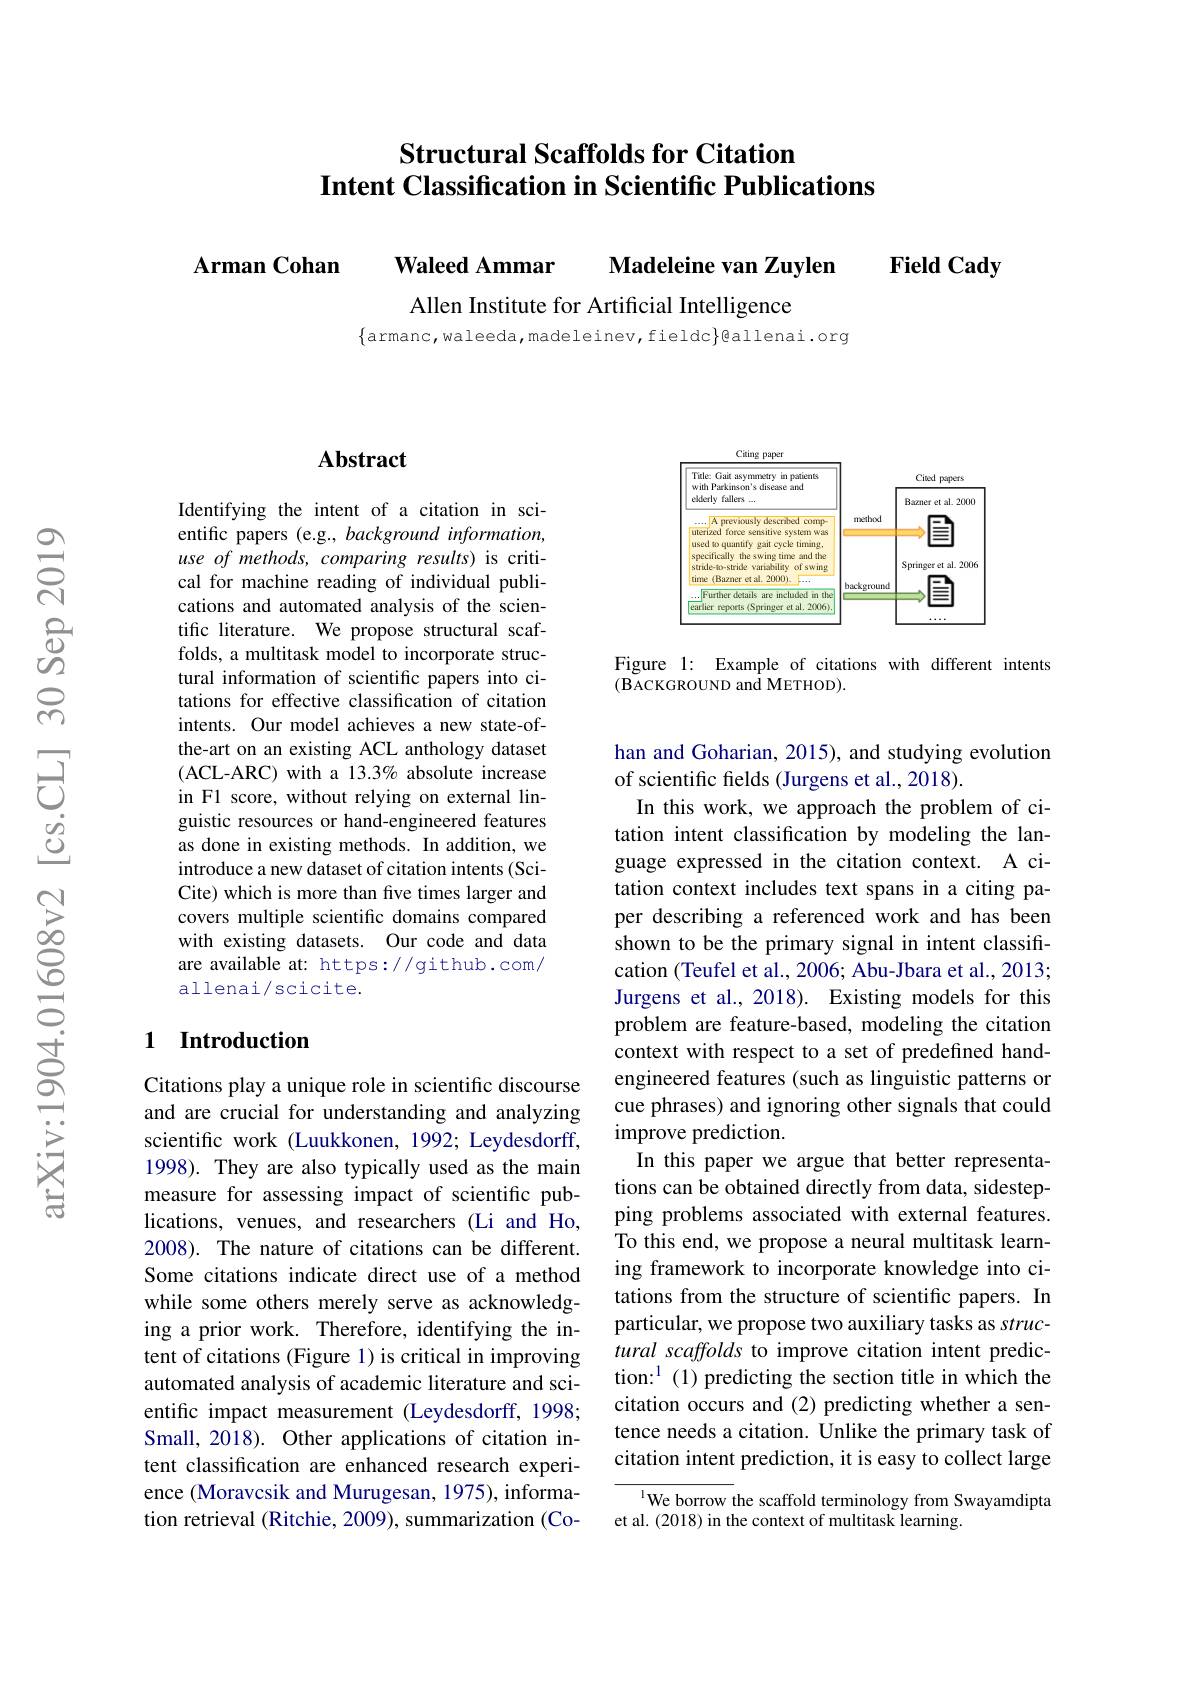
# Structural Scaffolds for Citation Intent Classification in Scientific Publications

Field Cady

Arman Cohan Waleed Ammar Madeleine van Zuylen

Allen Institute for Artificial Intelligence

$\{$armanc,waleeda,madeleinev,fieldc$\}$@allenai.org

### Abstract

Identifying the intent of a citation in scientific papers (e.g., background information, use of methods, comparing results) is critical for machine reading of individual publications and automated analysis of the scientific literature. We propose structural scaffolds, a multitask model to incorporate structural information of scientific papers into citations for effective classification of citation intents. Our model achieves a new state-ofthe-art on an existing ACL anthology dataset (ACL-ARC) with a 13.3% absolute increase in F1 score, without relying on external linguistic resources or hand-engineered features as done in existing methods. In addition, we introduce a new dataset of citation intents (SciCite) which is more than five times larger and covers multiple scientific domains compared with existing datasets. Our code and data are available at: https://github.com/ allenai/scicite.

## 1 Introduction

Citations play a unique role in scientific discourse and are crucial for understanding and analyzing scientific work (Luukkonen, 1992; Leydesdorff, 1998). They are also typically used as the main measure for assessing impact of scientific publications, venues, and researchers (Li and Ho, 2008). The nature of citations can be different. Some citations indicate direct use of a method while some others merely serve as acknowledging a prior work. Therefore, identifying the intent of citations (Figure 1) is critical in improving automated analysis of academic literature and scientific impact measurement (Leydesdorff, 1998; Small, 2018). Other applications of citation intent classification are enhanced research experience (Moravcsik and Murugesan, 1975), information retrieval (Ritchie, 2009), summarization (Co-

<FigureHere>

Figure 1: Example of citations with different intents
(BACKGROUND and METHOD).

han and Goharian, 2015), and studying evolution
of scientific fields (Jurgens et al., 2018)
In this work, we approach the problem of citation intent classification by modeling the language expressed in the citation context. A citation context includes text spans in a citing paper describing a referenced work and has been shown to be the primary signal in intent classification (Teufel et al., 2006; Abu-Jbara et al., 2013; Jurgens et al., 2018). Existing models for this problem are feature-based, modeling the citation context with respect to a set of predefined handengineered features (such as linguistic patterns or cue phrases) and ignoring other signals that could improve prediction.
In this paper we argue that better representations can be obtained directly from data, sidestepping problems associated with external features. To this end, we propose a neural multitask learning framework to incorporate knowledge into citations from the structure of scientific papers. In particular, we propose two auxiliary tasks as structural scaffolds to improve citation intent prediction:$^1(1)$ predicting the section title in which the citation occurs and (2) predicting whether a sentence needs a citation. Unlike the primary task of citation intent prediction, it is easy to collect large
$^{1}$We borrow the scaffold terminology from Swayamdipta

et al. (2018) in the context of multitask learning.